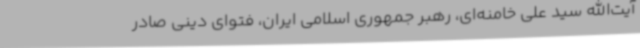
آیت‌الله سید علی خامنه‌ای، رهبر جمهوری اسلامی ایران، فتوای دینی صادر